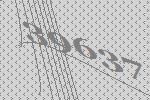
39637